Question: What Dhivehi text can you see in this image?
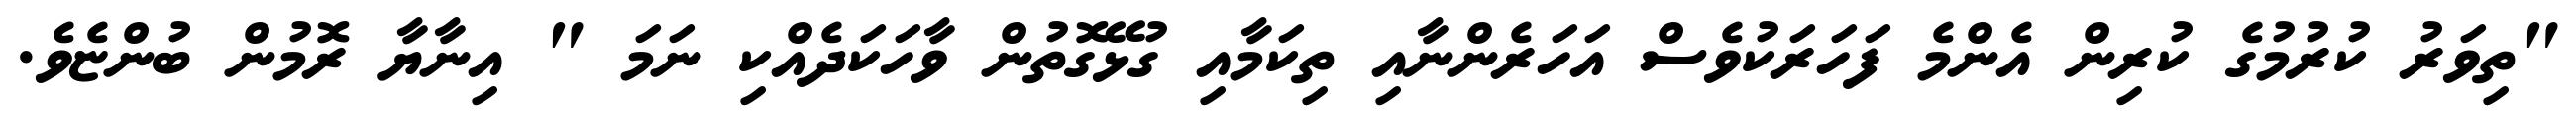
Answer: "ތިވަރު ކުރުމުގެ ކުރިން އެންމެ ފަހަރަކުވެސް އަހަރެންނާއި ތިކަމާއި ގުޅޭގޮތުން ވާހަކަދެއްކި ނަމަ " އިނާޔާ ރޮމުން ބުންޏެވެ.